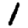
Digit: 1